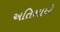
અતિશાએ